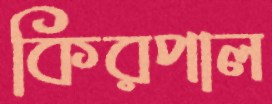
কিরপাল